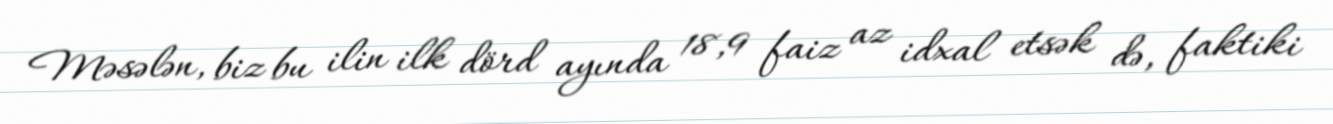
Məsələn, biz bu ilin ilk dörd ayında 18,9 faiz az idxal etsək də, faktiki